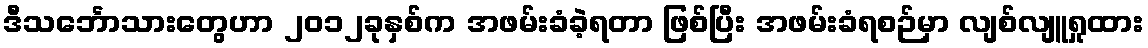
ဒီသင်္ဘောသားတွေဟာ ၂၀၁၂ခုနှစ်က အဖမ်းခံခဲ့ရတာ ဖြစ်ပြီး အဖမ်းခံရစဉ်မှာ လျစ်လျူရှုထား